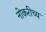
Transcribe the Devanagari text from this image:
नोकरीच्य